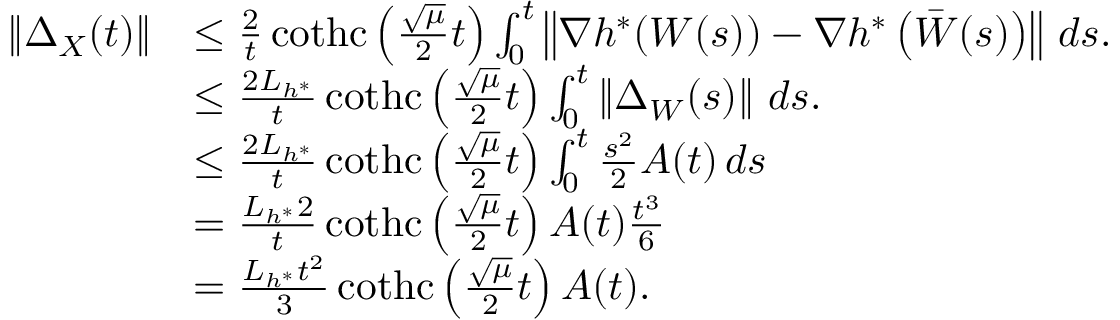
\begin{array} { r l } { \left\Vert \Delta _ { X } ( t ) \right\Vert } & { \leq \frac { 2 } { t } \operatorname { c o t h c } \left( \frac { \sqrt { \mu } } { 2 } t \right) \int _ { 0 } ^ { t } \left\Vert \nabla h ^ { * } ( W ( s ) ) - \nabla h ^ { * } \left( \bar { W } ( s ) \right) \right\Vert \, d s . } \\ & { \leq \frac { 2 L _ { h ^ { * } } } { t } \operatorname { c o t h c } \left( \frac { \sqrt { \mu } } { 2 } t \right) \int _ { 0 } ^ { t } \left\Vert \Delta _ { W } ( s ) \right\Vert \, d s . } \\ & { \leq \frac { 2 L _ { h ^ { * } } } { t } \operatorname { c o t h c } \left( \frac { \sqrt { \mu } } { 2 } t \right) \int _ { 0 } ^ { t } \frac { s ^ { 2 } } { 2 } A ( t ) \, d s } \\ & { = \frac { L _ { h ^ { * } } 2 } { t } \operatorname { c o t h c } \left( \frac { \sqrt { \mu } } { 2 } t \right) A ( t ) \frac { t ^ { 3 } } { 6 } } \\ & { = \frac { L _ { h ^ { * } } t ^ { 2 } } { 3 } \operatorname { c o t h c } \left( \frac { \sqrt { \mu } } { 2 } t \right) A ( t ) . } \end{array}